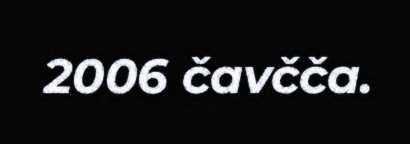
2006 čavčča.